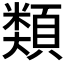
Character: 𩔖